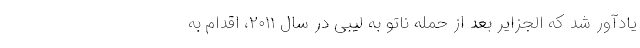
یادآور شد که الجزایر بعد از حمله ناتو به لیبی در سال ۲۰۱۱، اقدام به